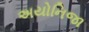
અયોનિજા